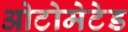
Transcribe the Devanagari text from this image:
ओटोमेटेड